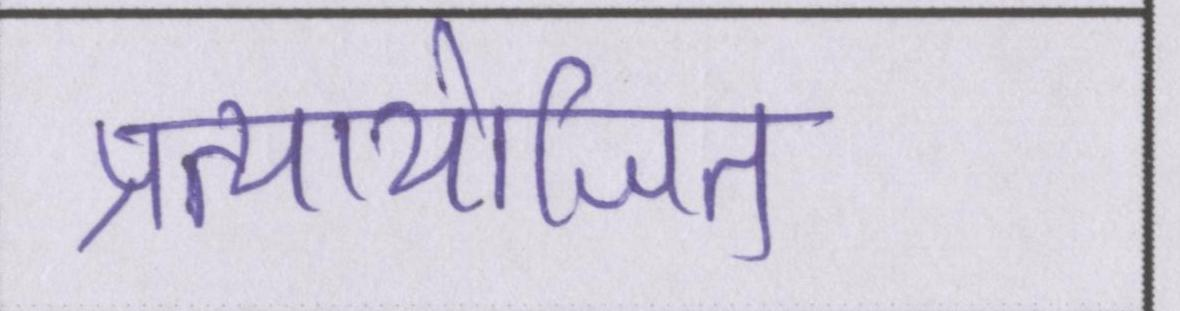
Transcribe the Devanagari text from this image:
प्रत्यायोजित